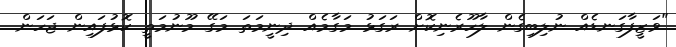
"ވަޒީފާގަނޑެއް ނުލިބިގެން ލާހޫރެނިކޮށް ރަގަޅު މަގާމެއް ދިނީމަތަ މަގޭ މޫނުމަތީ ކޮޅުފައިން ޖަހަން